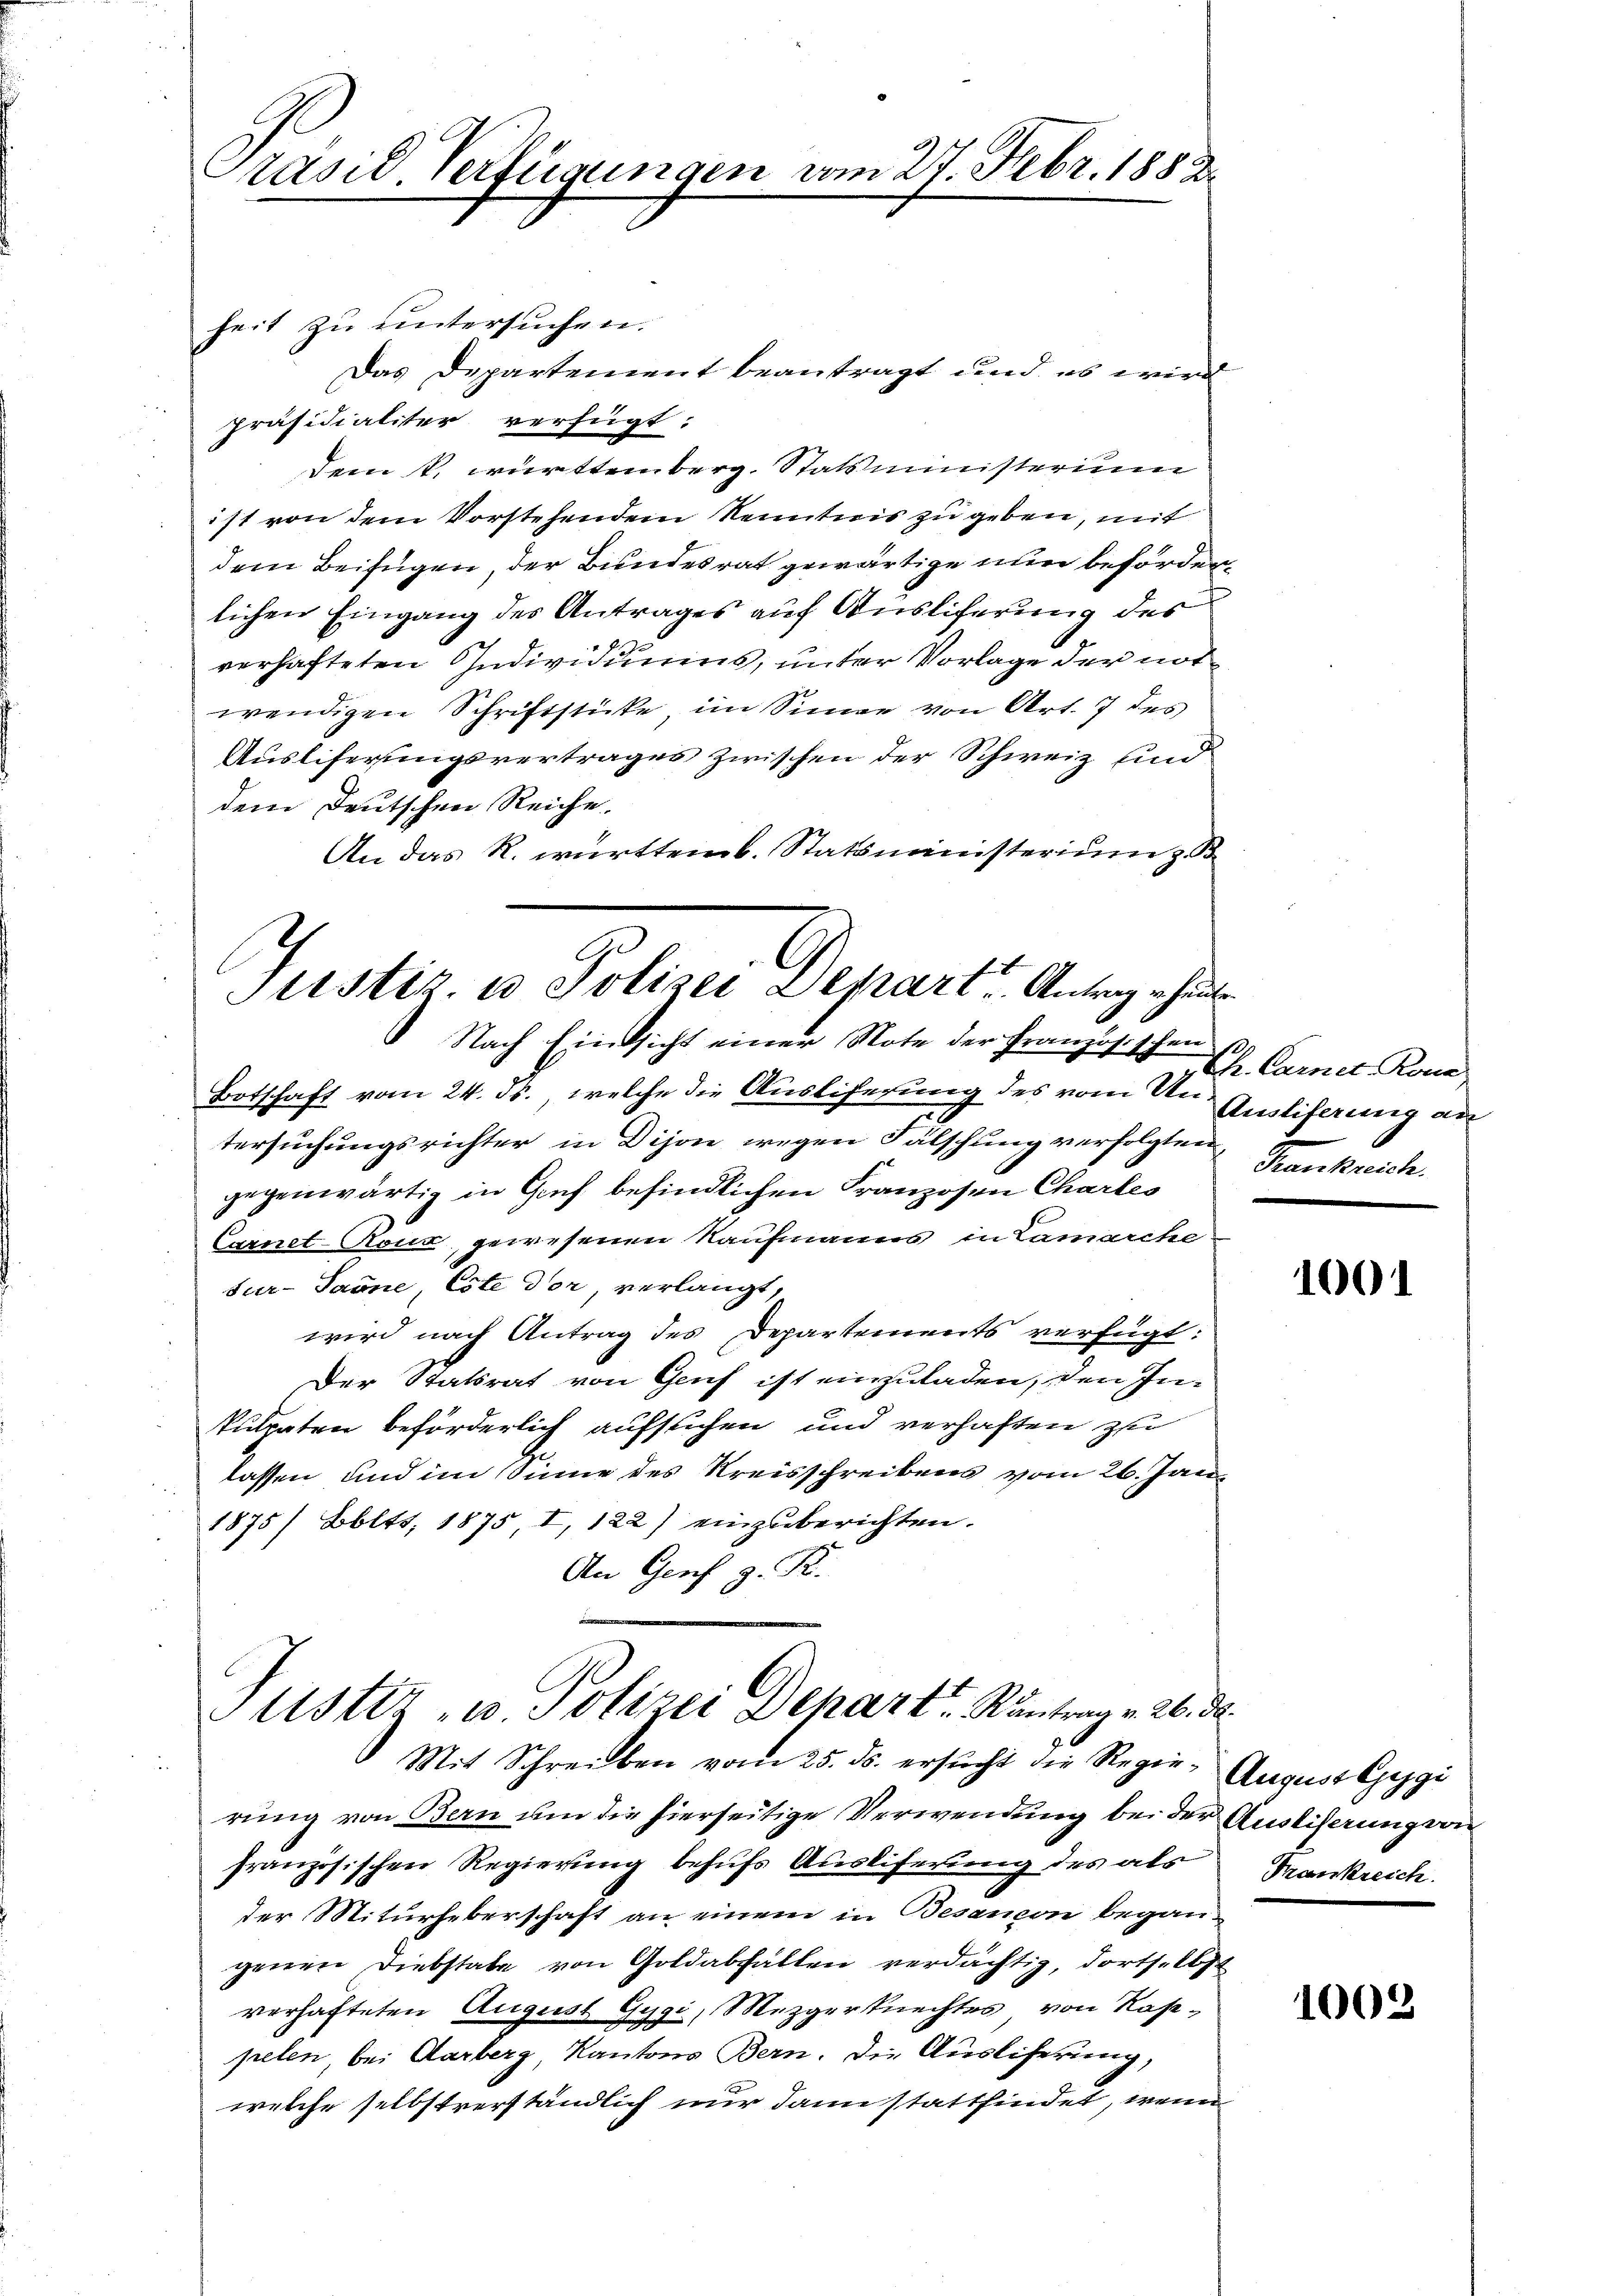
Präsid Verfügungen

heit zu untersuchen.
Das Departement beantragt und es wird
präsidialiter verfügt:
Dem k. württemberg. Statsministerium
ist von dem Vorstehendem Kenntnis zu geben, mit
dem Beifügen, der Bundesrat gewärtige nun behörden,
lichen Eingang des Antrages auf Auslicherung des
verhafteten Individuums, unter Vorlage der notwendigen Schriftstücke, im Sinne von Art. 7 des
Ausliferungsvertrages zwischen der Schweiz und
dem Deutschen Reiche.
An das R. württemb. Statsministerium z. B.
Justiz, u. Polizei Depart Antrag heute

vom 27. Febr. 1882.

Nach Einsicht einer Note der Französischen s
Botschaft vom 24. ds., welche die Ausliferung des vom 2ten Auslieferung an

tersuchungsrichter in Dijon wegen Fälschung verfolgten,
gegenwärtig in Gruf befindlichen Franzosen Charles
Carnet-Rous, gewesenen Kaufmanns in Lamarche
sur-Tanne, Este dor, verlangt,
wird nach Antrag des Departements verfügt:
Der Statsrat von Genf ist einzuladen, den In¬
Pulpaten beförderlich aufsuchen und verhaften zu
lassen und im Sinne des Kreisschreibens vom 26. Jan
1875/ Bolts, 1875, I, 122) einzuberichten.
An Genf z. R.

Puster u Polizei Depart Rantrag v. 26. de
Mit Schreiben vom 25. ds. ersŭcht die Regie- August leggi

rung von Bern um die hierseitige Verwendung bei der Ausliserung von
französischen Regierung behufs Ausliferung des als
der Miturheberschaft an einem in Besançon begangenen Diebstabe von Goldabfällen verdächtig, dorts. 17
verhafteten August Gygi, Mezgerknechtes von Rase-
pelen, bei Aarberg, Kantons Bern. Die Auslicherung,
welche selbstverständlich nur dann stattfindet, wenn

Uh. Carnet-Rona
Frankreich.

1001

Frankreich.

1003